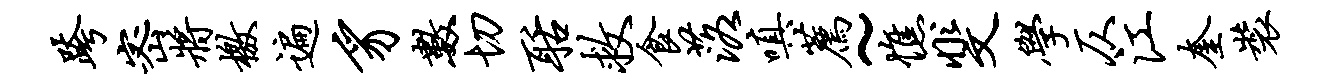
跨密将檄遍豸数切聒救食落嗔荐~憔斐学仄江奎装